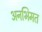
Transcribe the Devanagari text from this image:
अनभिमत